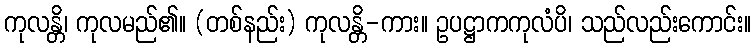
ကုလန္တိ၊ ကုလမည်၏။ (တစ်နည်း) ကုလန္တိ-ကား။ ဥပဋ္ဌာကကုလံပိ၊ သည်လည်းကောင်း။